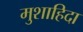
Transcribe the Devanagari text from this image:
मुशाहिदा